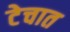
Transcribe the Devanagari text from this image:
टेचात